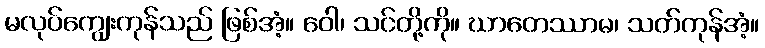
မလုပ်ကျွေးကုန်သည် ဖြစ်အံ့။ ဝေါ၊ သင်တို့ကို။ ဃာတေဿာမ၊ သတ်ကုန်အံ့။